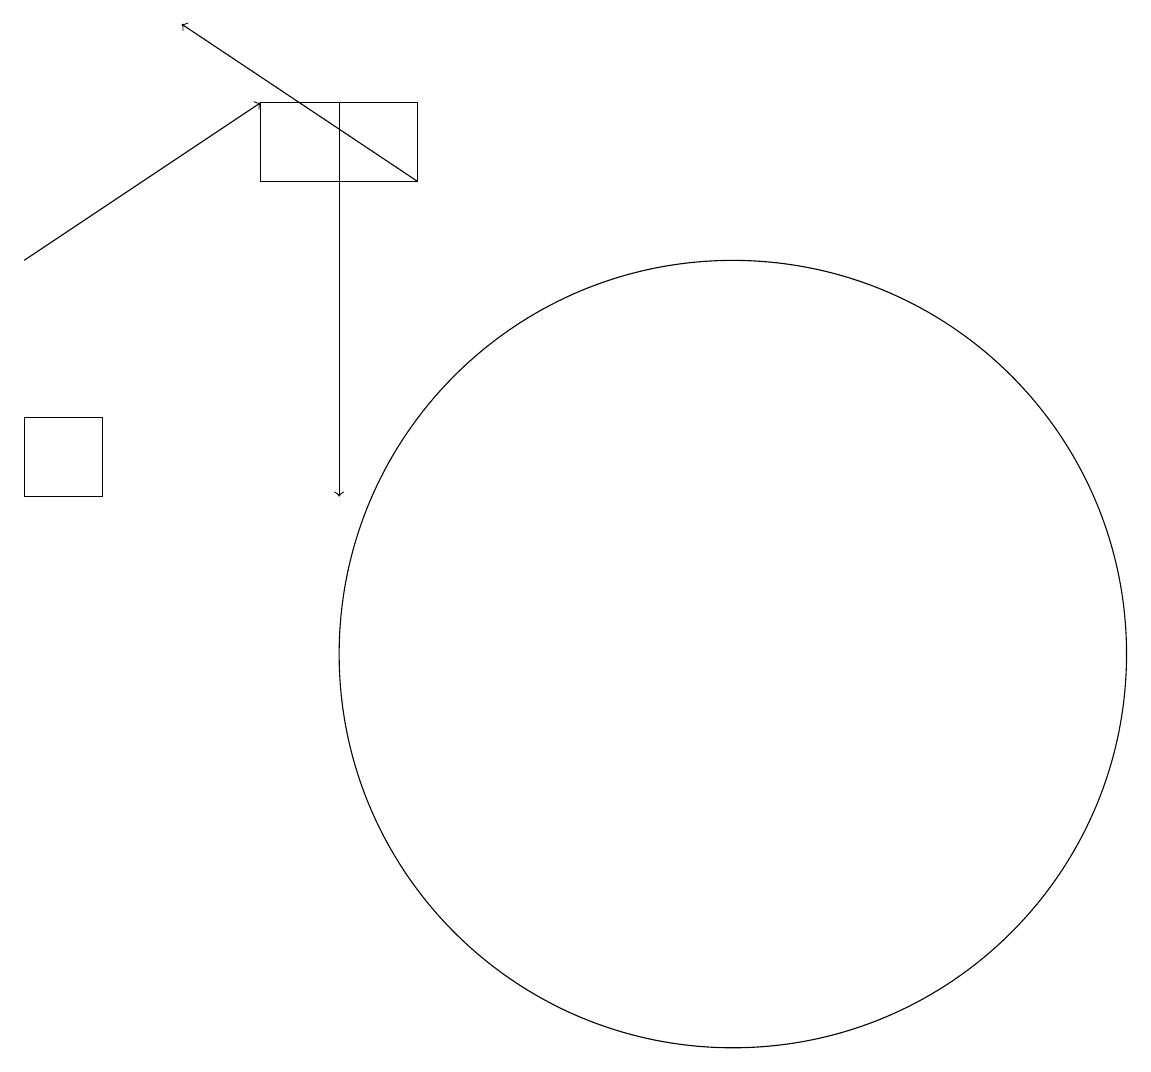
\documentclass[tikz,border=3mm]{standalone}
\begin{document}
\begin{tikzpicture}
\draw[->] (6,18) -- (6,13);
\draw (11,11) circle (5);
\draw (3,13) rectangle (2,14);
\draw (5,17) rectangle (7,18);
\draw[->] (2,16) -- (5,18);
\draw[->] (7,17) -- (4,19);
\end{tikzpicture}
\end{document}